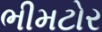
ભીમટોર